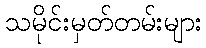
သမိုင်းမှတ်တမ်းများ